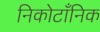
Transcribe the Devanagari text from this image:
निकोटाँनिक